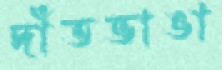
দাঁতভাঙা